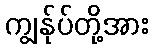
ကျွန်ုပ်တို့အား